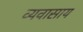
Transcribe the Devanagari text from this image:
व्यवासाय